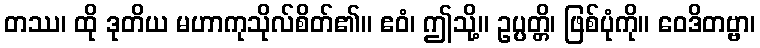
တဿ၊ ထို ဒုတိယ မဟာကုသိုလ်စိတ်၏။ ဧဝံ၊ ဤသို့။ ဥပ္ပတ္တိ၊ ဖြစ်ပုံကို။ ဝေဒိတဗ္ဗာ၊